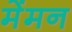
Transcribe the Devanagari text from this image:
मेंमन